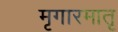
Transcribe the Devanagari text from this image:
मृगारमातृ